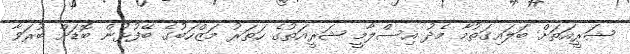
ޝަރީއަތަށް ބަލައިގަތުމާ މެދު އިސްލާމީ ޝަރީއަތުގެ ހަތަރު މަޒްހަބުގެ ބޭފުޅުން ބޮޑަށް ބުރަވާ